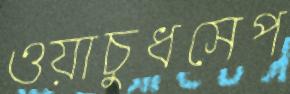
ওয়াচুধসেপ